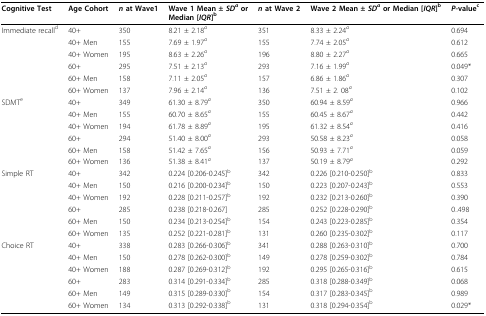
<table><thead><tr><td><b>Cognitive Test</b></td><td><b>Age Cohort</b></td><td><b><i>n </i>at Wave1</b></td><td><b>Wave 1 Mean ± <i>SD</i><sup><i>a </i></sup>or Median [<i>IQR</i>]<sup>b</sup></b></td><td><b><i>n </i>at Wave 2</b></td><td><b>Wave 2 Mean ± <i>SD</i><sup><i>a </i></sup>or Median [<i>IQR</i>]<sup>b</sup></b></td><td><b><i>P</i>-value<sup>c</sup></b></td></tr></thead><tbody><tr><td>Immediate recall<sup>d</sup></td><td>40+</td><td>350</td><td>8.21 ± 2.18<i><sup>a</sup></i></td><td>351</td><td>8.33 ± 2.24<i><sup>a</sup></i></td><td>0.694</td></tr><tr><td></td><td>40+ Men</td><td>155</td><td>7.69 ± 1.97<i><sup>a</sup></i></td><td>155</td><td>7.74 ± 2.05<i><sup>a</sup></i></td><td>0.612</td></tr><tr><td></td><td>40+ Women</td><td>195</td><td>8.63 ± 2.26<i><sup>a</sup></i></td><td>196</td><td>8.80 ± 2.27<i><sup>a</sup></i></td><td>0.665</td></tr><tr><td></td><td>60+</td><td>295</td><td>7.51 ± 2.13<i><sup>a</sup></i></td><td>293</td><td>7.16 ± 1.99<i><sup>a</sup></i></td><td>0.049*</td></tr><tr><td></td><td>60+ Men</td><td>158</td><td>7.11 ± 2.05<i><sup>a</sup></i></td><td>157</td><td>6.86 ± 1.86<i><sup>a</sup></i></td><td>0.307</td></tr><tr><td></td><td>60+ Women</td><td>137</td><td>7.96 ± 2.14<i><sup>a</sup></i></td><td>136</td><td>7.51 ± 2. 08<i><sup>a</sup></i></td><td>0.102</td></tr><tr><td>SDMT<sup>e</sup></td><td>40+</td><td>349</td><td>61.30 ± 8.79<i><sup>a</sup></i></td><td>350</td><td>60.94 ± 8.59<i><sup>a</sup></i></td><td>0.966</td></tr><tr><td></td><td>40+ Men</td><td>155</td><td>60.70 ± 8.65<i><sup>a</sup></i></td><td>155</td><td>60.45 ± 8.67<i><sup>a</sup></i></td><td>0.442</td></tr><tr><td></td><td>40+ Women</td><td>194</td><td>61.78 ± 8.89<i><sup>a</sup></i></td><td>195</td><td>61.32 ± 8.54<i><sup>a</sup></i></td><td>0.416</td></tr><tr><td></td><td>60+</td><td>294</td><td>51.40 ± 8.00<i><sup>a</sup></i></td><td>293</td><td>50.58 ± 8.23<i><sup>a</sup></i></td><td>0.058</td></tr><tr><td></td><td>60+ Men</td><td>158</td><td>51.42 ± 7.65<i><sup>a</sup></i></td><td>156</td><td>50.93 ± 7.71<i><sup>a</sup></i></td><td>0.059</td></tr><tr><td></td><td>60+ Women</td><td>136</td><td>51.38 ± 8.41<i><sup>a</sup></i></td><td>137</td><td>50.19 ± 8.79<i><sup>a</sup></i></td><td>0.292</td></tr><tr><td>Simple RT</td><td>40+</td><td>342</td><td>0.224 [0.206-0.245]<sup>b</sup></td><td>342</td><td>0.226 [0.210-0.250]<sup>b</sup></td><td>0.833</td></tr><tr><td></td><td>40+ Men</td><td>150</td><td>0.216 [0.200-0.234]<sup>b</sup></td><td>150</td><td>0.223 [0.207-0.243]<sup>b</sup></td><td>0.553</td></tr><tr><td></td><td>40+ Women</td><td>192</td><td>0.228 [0.211-0.257]<sup>b</sup></td><td>192</td><td>0.232 [0.213-0.260]<sup>b</sup></td><td>0.390</td></tr><tr><td></td><td>60+</td><td>285</td><td>0.238 [0.218-0.267]</td><td>285</td><td>0.252 [0.228-0.290]<sup>b</sup></td><td>0..498</td></tr><tr><td></td><td>60+ Men</td><td>150</td><td>0.234 [0.213-0.254]<sup>b</sup></td><td>154</td><td>0.243 [0.223-0.285]<sup>b</sup></td><td>0.354</td></tr><tr><td></td><td>60+ Women</td><td>135</td><td>0.252 [0.221-0.281]<sup>b</sup></td><td>131</td><td>0.260 [0.235-0.302]<sup>b</sup></td><td>0.117</td></tr><tr><td>Choice RT</td><td>40+</td><td>338</td><td>0.283 [0.266-0.306]<sup>b</sup></td><td>341</td><td>0.288 [0.263-0.310]<sup>b</sup></td><td>0.700</td></tr><tr><td></td><td>40+ Men</td><td>150</td><td>0.278 [0.262-0.300]<sup>b</sup></td><td>149</td><td>0.278 [0.259-0.302]<sup>b</sup></td><td>0.784</td></tr><tr><td></td><td>40+ Women</td><td>188</td><td>0.287 [0.269-0.312]<sup>b</sup></td><td>192</td><td>0.295 [0.265-0.316]<sup>b</sup></td><td>0.615</td></tr><tr><td></td><td>60+</td><td>283</td><td>0.314 [0.291-0.334]<sup>b</sup></td><td>285</td><td>0.318 [0.288-0.349]<sup>b</sup></td><td>0.068</td></tr><tr><td></td><td>60+ Men</td><td>149</td><td>0.315 [0.289-0.330]<sup>b</sup></td><td>154</td><td>0.317 [0.283-0.345]<sup>b</sup></td><td>0.989</td></tr><tr><td></td><td>60+ Women</td><td>134</td><td>0.313 [0.292-0.338]<sup>b</sup></td><td>131</td><td>0.318 [0.294-0.354]<sup>b</sup></td><td>0.029*</td></tr></tbody></table>